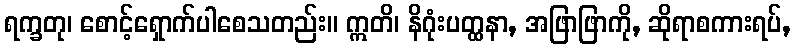
ရက္ခတု၊ စောင့်ရှောက်ပါစေသတည်း။ ဣတိ၊ နိဂုံးပတ္ထနာ, အဖြာဖြာကို, ဆိုရာစကားရပ်,